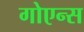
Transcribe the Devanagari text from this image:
गोएन्स